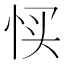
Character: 𢙑